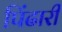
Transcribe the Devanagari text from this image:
पिंढारी